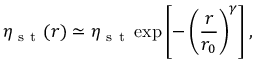
\eta _ { \mathrm { ~ s ~ t ~ } } ( r ) \simeq \eta _ { \mathrm { ~ s ~ t ~ } } \exp \left[ - \left( \frac { r } { r _ { 0 } } \right) ^ { \gamma } \right] ,